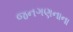
જનગણનાના